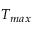
T _ { m a x }